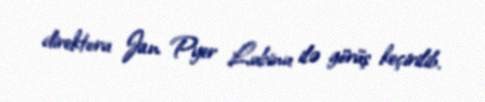
direktoru Jan Pyer Lubinu ilə görüş keçirilib.